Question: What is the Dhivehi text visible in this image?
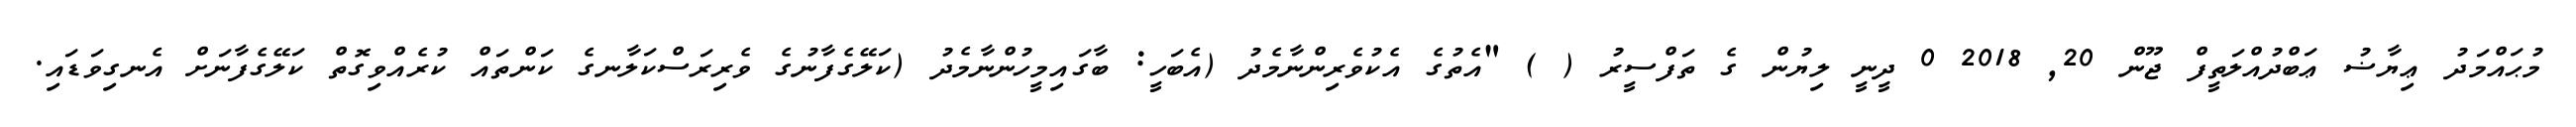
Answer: މުޙައްމަދު ޢިޔާޟު ޢަބްދުއްލަތީފް ޖޫން 20, 2018 0 ދީނީ ލިޔުން ގެ ތަފްސީރު ( ) "އެތުގެ އެކުވެރިންނާމެދު (އެބަހީ: ބާގައިމީހުންނާމެދު (ކަލޭގެފާނުގެ ވެރިރަސްކަލާނގެ ކަންތައް ކުރެއްވިގޮތް ކަލޭގެފާނަށް އެނގިވަޑައި.